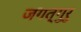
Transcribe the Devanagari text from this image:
जगत्गुरु